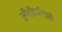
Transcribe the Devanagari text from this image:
ऑब्ज़ॅर्वाटोरी